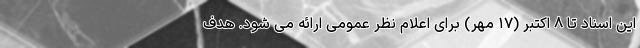
این اسناد تا ۸ اکتبر (۱۷ مهر) برای اعلام نظر عمومی ارائه می شود. هدف